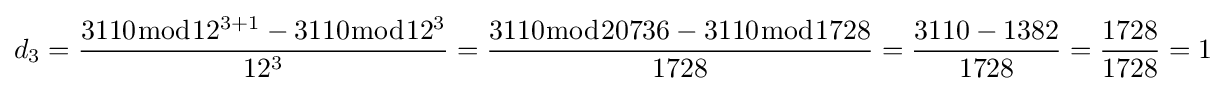
d_{3}={\frac {3110{\bmod {12^{3+1}}}-3110{\bmod {1}}2^{3}}{12^{3}}}={\frac {3110{\bmod {20736}}-3110{\bmod {1}}728}{1728}}={\frac {3110-1382}{1728}}={\frac {1728}{1728}}=1